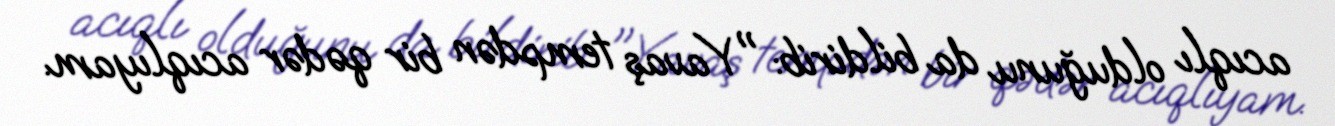
acıqlı olduğunu da bildirib: "Yavaş tempdən bir qədər acıqlıyam.